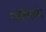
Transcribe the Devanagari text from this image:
गर्दीमध्ये